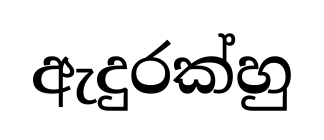
ඇදුරක්හු